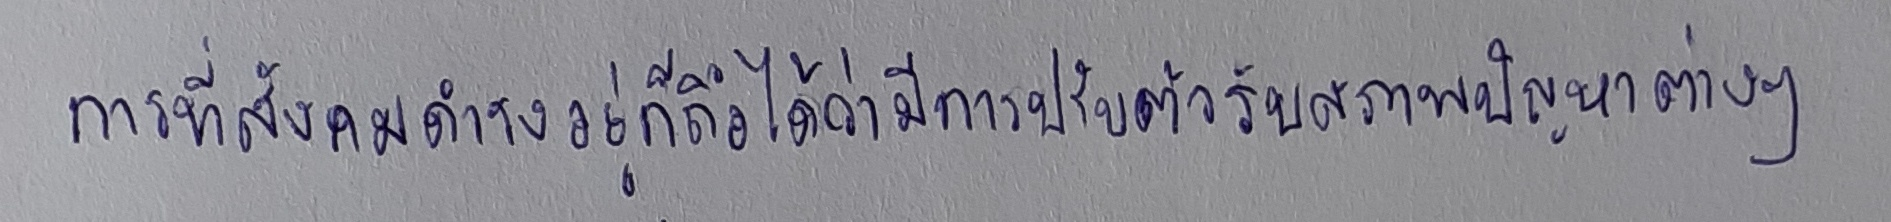
การที่สังคมดำรงอยู่ก็ถือได้ว่ามีการปรับตัวรับสภาพปัญหาต่างๆ